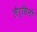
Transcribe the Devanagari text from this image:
लैर्सिनी